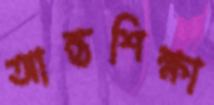
আন্তশিক্ষা